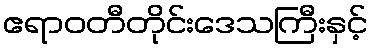
ဧရာဝတီတိုင်းဒေသကြီးနှင့်